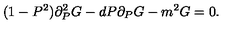
( 1 - P ^ { 2 } ) \partial _ { P } ^ { 2 } G - d P \partial _ { P } G - m ^ { 2 } G = 0 .